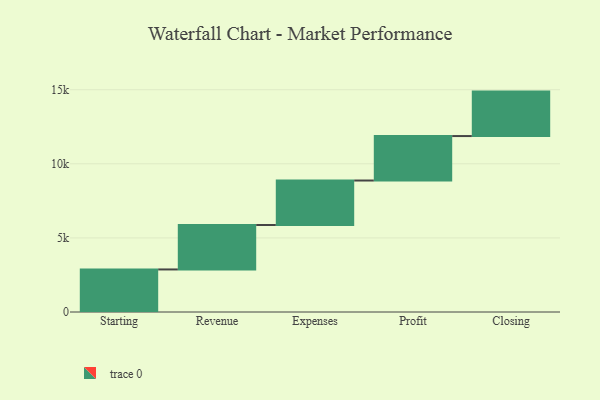
{"axis": {"x": "Step", "y": "Value"}, "legend": [""], "data": [{"x": "Starting", "y": 2871.0, "type": ""}, {"x": "Revenue", "y": 3000, "type": ""}, {"x": "Expenses", "y": 3000, "type": ""}, {"x": "Profit", "y": 3000, "type": ""}, {"x": "Closing", "y": 3000, "type": ""}]}